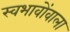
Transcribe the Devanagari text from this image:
स्वभावोंवाला